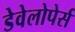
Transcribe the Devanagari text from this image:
डेवेलोपेर्स